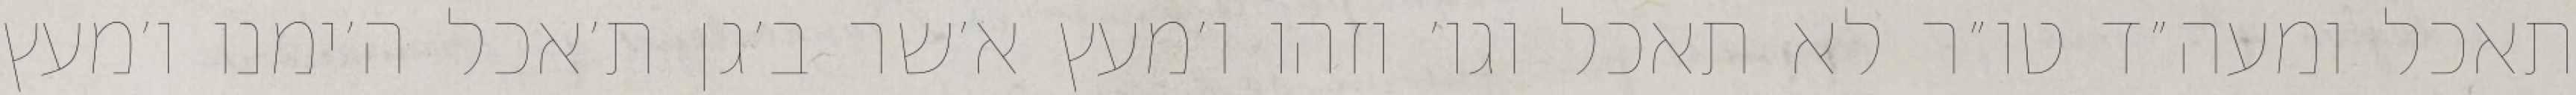
תאכל ומעה״ד טו״ר לא תאכל וגו׳ וזהו ו׳מעץ א׳שר ב׳גן ת׳אכל ה׳ימנו ו׳מעץ